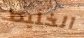
الخليط